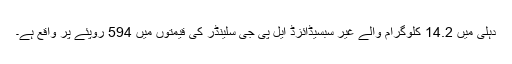
دہلی میں 14.2 کلوگرام والے غیر سبسیڈائزڈ ایل پی جی سلینڈر کی قیمتوں میں 594 روپئے پر واقع ہے۔